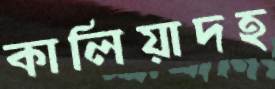
কালিয়াদহ